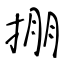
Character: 掤